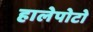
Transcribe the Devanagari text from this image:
हालेपोटो